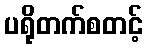
ပရိုတက်စတင့်